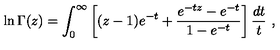
\ln \Gamma ( z ) = \int _ { 0 } ^ { \infty } \left[ ( z - 1 ) e ^ { - t } + \frac { e ^ { - t z } - e ^ { - t } } { 1 - e ^ { - t } } \right] \frac { d t } { t } \ ,